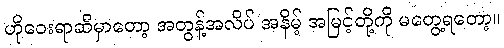
ဟိုဝေးရာဆီမှာတော့ အတွန့်အလိပ် အနိမ့် အမြင့်တို့ကို မတွေ့ရတော့။